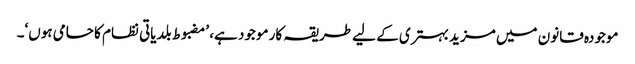
موجودہ قانون میں مزید بہتری کے لیے طریقہ کار موجود ہے، ’مضبوط بلدیاتی نظام کا حامی ہوں‘۔